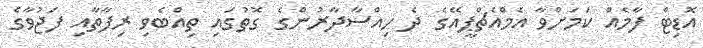
އޮޑިޓް ފާމެއް ކަމަށްވާ އެމްއެޗްޕީއޭގެ ދެ ހިއްސާދާރުންގެ ގޮތުގައި ތިއްބެވި ރިފާތާއި ފަޖުވާގެ